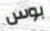
بوس